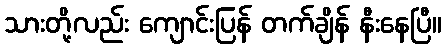
သားတို့လည်း ကျောင်းပြန် တက်ချိန် နီးနေပြီ။